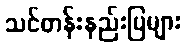
သင်တန်းနည်းပြများ